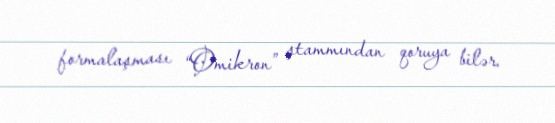
formalaşması “Omikron” ştammından qoruya bilər.